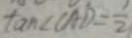
\tan \angle C A D = \frac { 1 } { 2 }